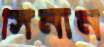
সিনান